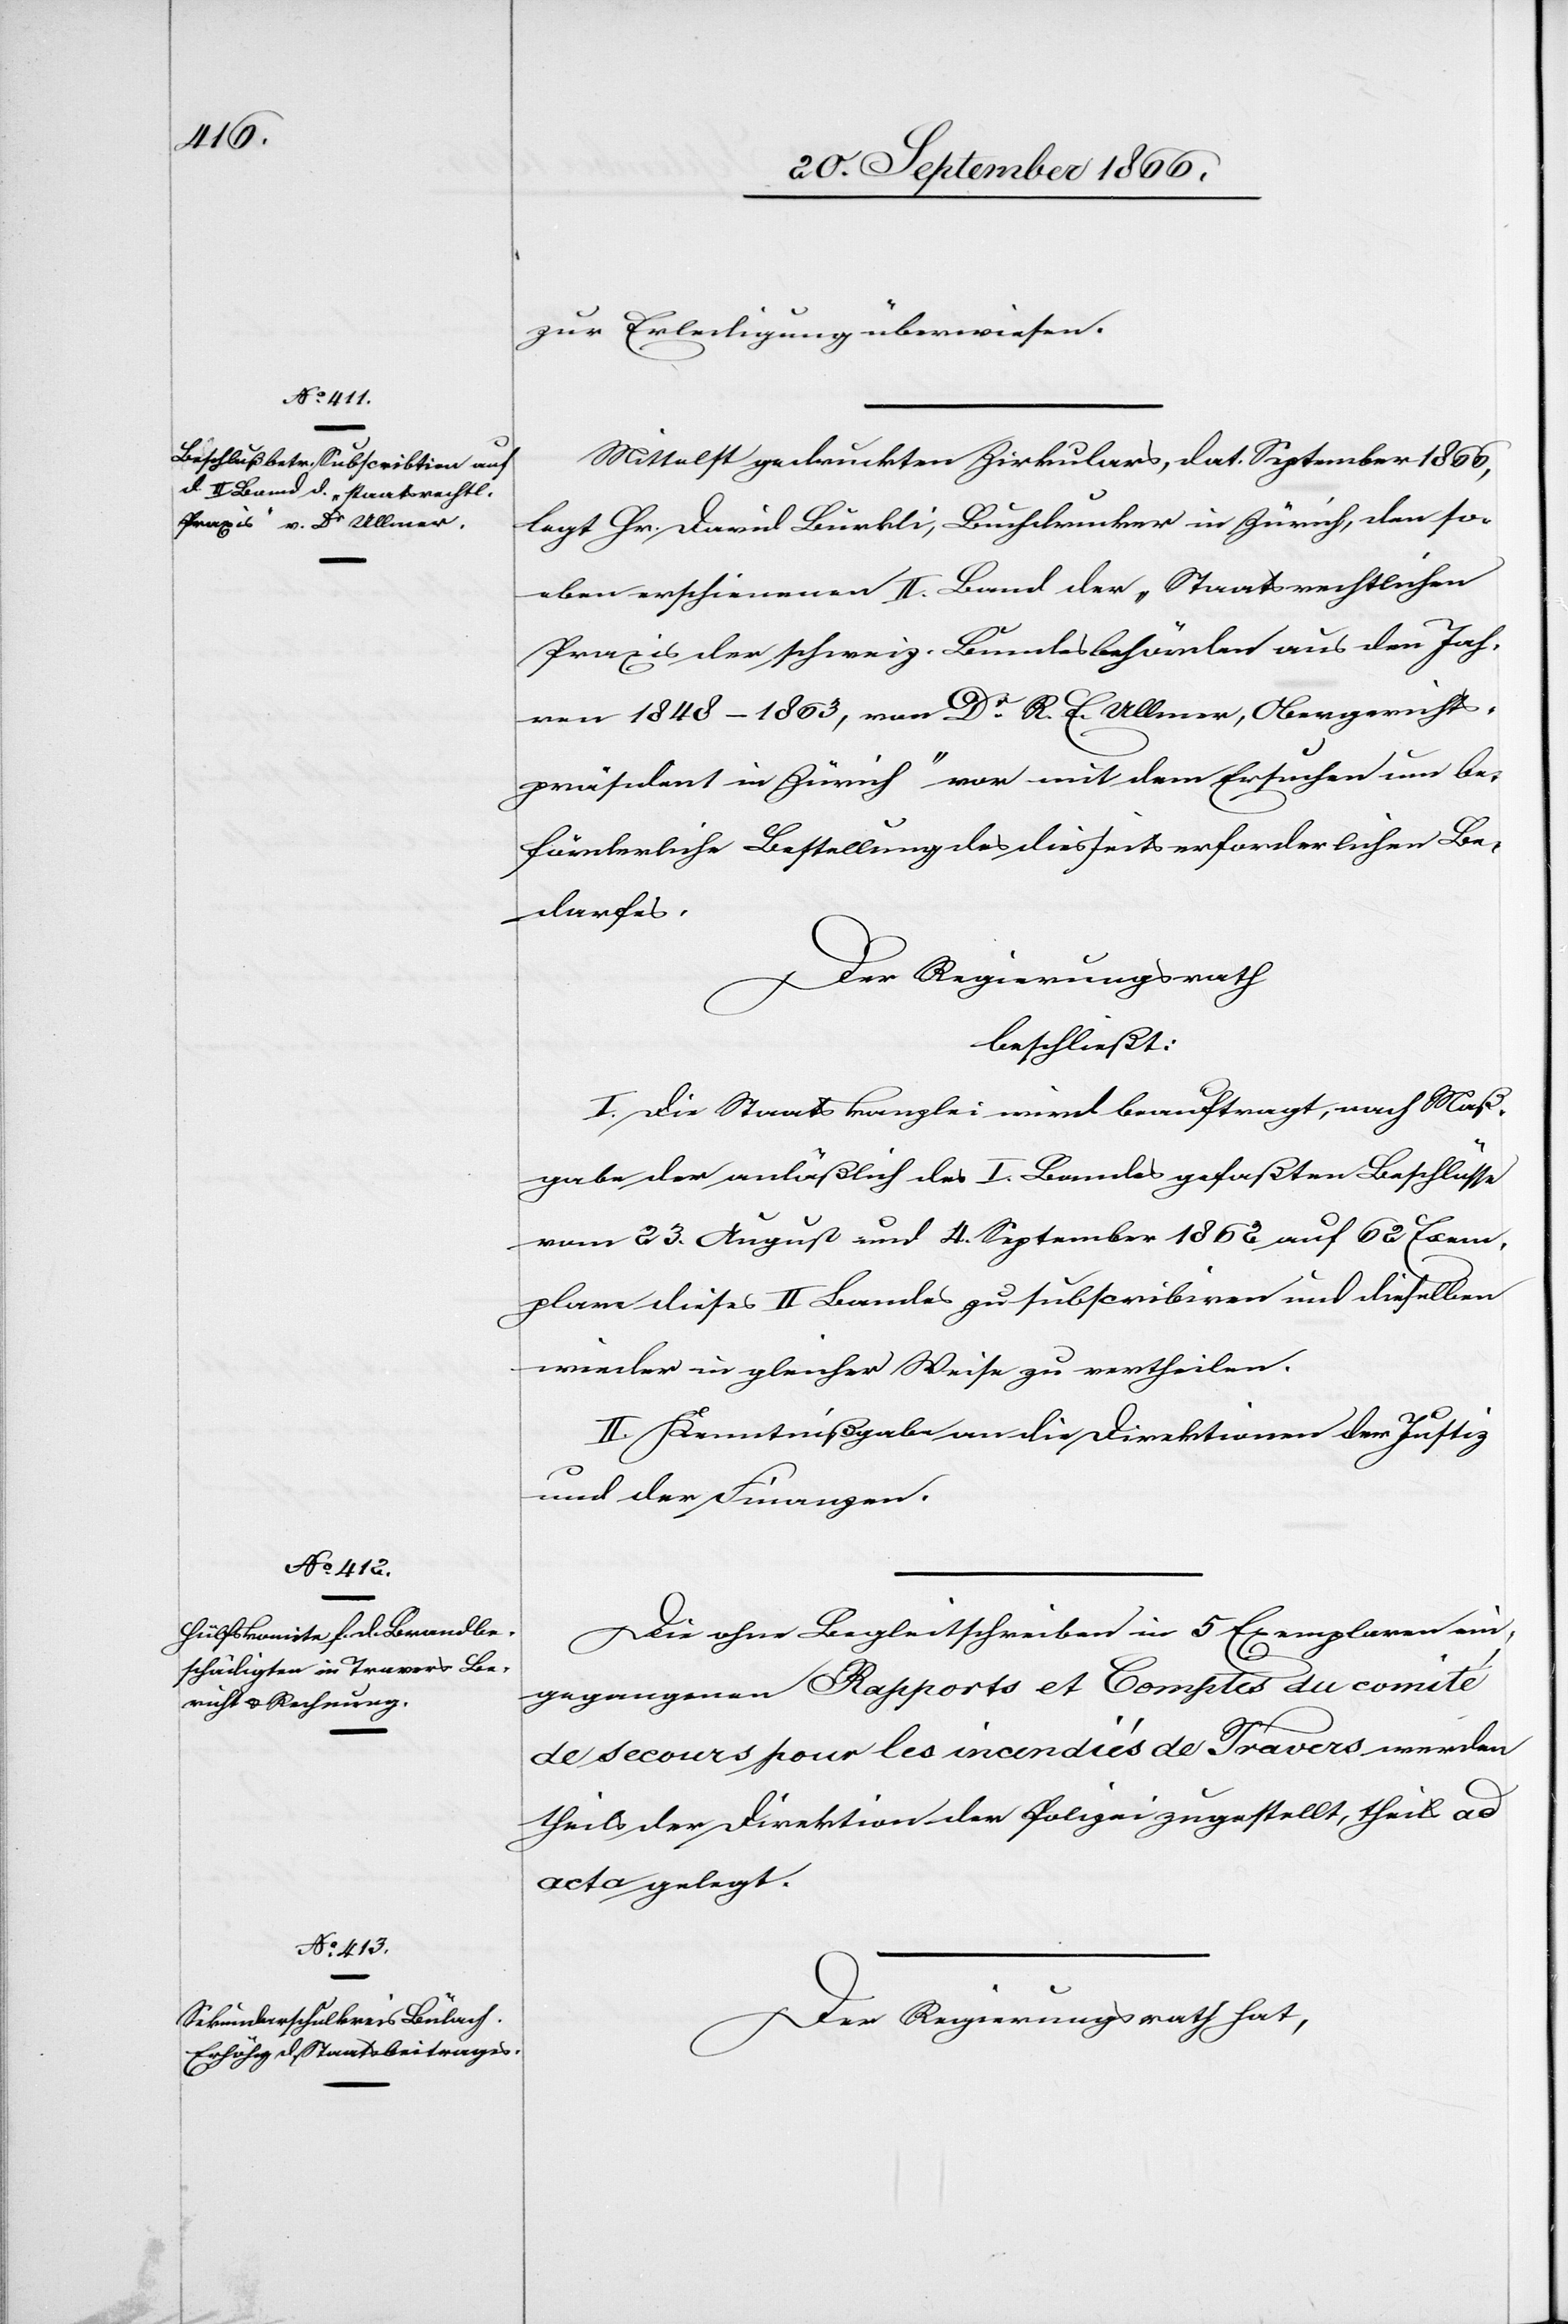
zur Erledigung überwiesen.
Mittelst gedruckten Zirkulars, dat. September 1866,
legt Hr. David Bürkli, Buchdrucker in Zürich, den so¬
eben erschienenen II. Band der „Staatsrechtlichen
Praxis der schweiz. Bundesbehörden aus den Jah¬
ren 1848–1863, von Dr. R. E. Ullmer, Obergerichts¬
präsident in Zürich“ vor mit dem Ersuchen um be¬
förderliche Bestellung des diesseits erforderlichen Be¬
darfes.
Der Regierungsrath
beschließt:
I. Die Staatskanzlei wird beauftragt, nach Maß¬
gabe der anläßlich des I. Bandes gefaßten Beschlüsse
vom 23. August und 4. September 1862 auf 62 Exem¬
plare dieses II Bandes zu subscribiren und dieselben
wieder in gleicher Weise zu vertheilen.
II. Kenntnißgabe an die Direktion der Justiz
und der Finanzen.
Die ohne Begleitschreiben in 5 Exemplaren ein¬
gegangenen Rapports et Comptes du comité
de secours pour les incendiés de Travers werden
theils der Direktion der Polizei zugestellt, theils ad
acta gelegt.
Der Regierungsrath hat,